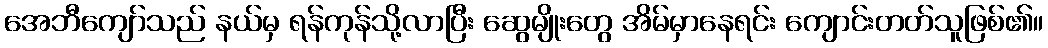
အေဘီကျော်သည် နယ်မှ ရန်ကုန်သို့လာပြီး ဆွေမျိုးတွေ အိမ်မှာနေရင်း ကျောင်းတတ်သူဖြစ်၏။